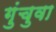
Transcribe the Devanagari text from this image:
गुंचुवा